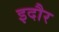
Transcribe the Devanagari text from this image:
इदौर